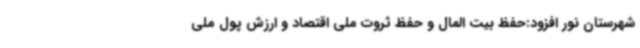
شهرستان نور افزود:حفظ بیت المال و حفظ ثروت ملی اقتصاد و ارزش پول ملی